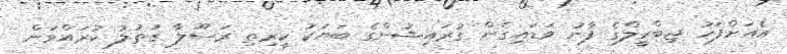
އެއަށްފަހު ޖިބްރީލްގެ ފާނު ވަޑައިގެން ގުރައިޝުންގެ ބަޔަކު ކީރިތި ރަސޫލާ ގަތުލު ކުރައްވަން